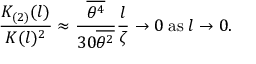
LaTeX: { \frac { K _ { ( 2 ) } ( l ) } { K ( l ) ^ { 2 } } } \approx { \frac { \overline { { { \theta ^ { 4 } } } } } { 3 0 \overline { { { \theta ^ { 2 } } } } } } { \frac { l } { \zeta } } \to 0 \; \mathrm { a s } \; l \to 0 .